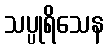
သပ္ပုရိသေန